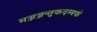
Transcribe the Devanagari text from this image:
मज्जज्जन्तुकदम्बकं